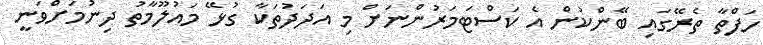
ހަފްތާ ތެރޭގައި ބޭންކުން އެ ކަސްޓަމަރުންނަށް މި އަދަދުތަކާ ގުޅޭ މައުލޫމާތު ދިނުމަށްވަނީ